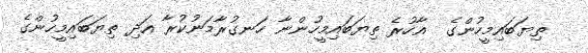
ތިޔަބައިމީހުންގެ  އާހުރެ ތިޔަބައިމީހުންނާ ހަނގުރާމަނުކުރާ އަދި ތިޔަބައިމީހުންގެ